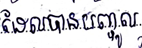
ដែលបានបញ្ចូល